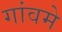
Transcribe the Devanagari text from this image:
गांवमे